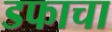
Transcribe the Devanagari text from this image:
डफाचा